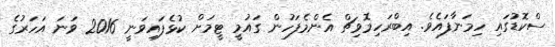
ސްކޮޑުގަައި ހިމަނާފައެވެ. އިބްރަހިމޮވިޗް އެންމެފަހުން ގައުމީ ޓީމަށް ކުޅެފައިވަނީ 2016 ވަނަ އަހަރުގެ